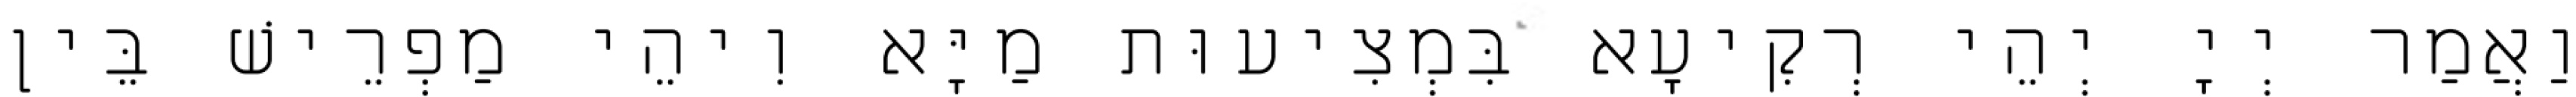
וַאֲמַר יְיָ יְהֵי רְקִיעָא בִּמְצִיעוּת מַיָּא וִיהֵי מַפְרֵישׁ בֵּין